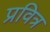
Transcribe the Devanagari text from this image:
प्रवित्र